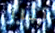
تبرز